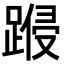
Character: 𨃏